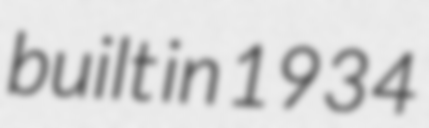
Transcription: built in 1934